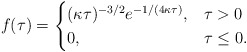
\begin{align*}f(\tau) =\begin{cases} (\kappa \tau)^{-3/2}e^{-1/(4 {\kappa \tau})}, & \tau>0\\ 0, & \tau \leq 0. \end{cases}\end{align*}